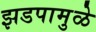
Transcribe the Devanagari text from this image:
झडपामुळे